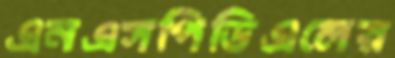
এনএসপিডিএলের